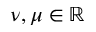
\nu , \mu \in \mathbb { R }